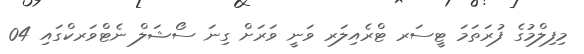
މިފިލްމުގެ ފުރަތަމަ ޓީސަރ ޓްރެއިލަރ ވަނީ ވަރަށް ގިނަ ސޯޝަލް ނެޓްވަރކްގައި 04